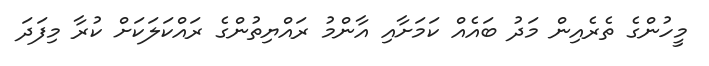
މީހުންގެ ތެރެއިން މަދު ބައެއް ކަމަށާއި އާންމު ރައްޔިތުންގެ ރައްކަލަކަށް ކުރާ މިފަދަ